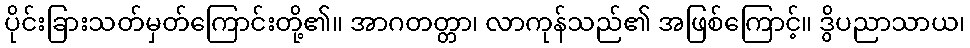
ပိုင်းခြားသတ်မှတ်ကြောင်းတို့၏။ အာဂတတ္တာ၊ လာကုန်သည်၏ အဖြစ်ကြောင့်။ ဒွိပညာသာယ၊